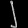
Digit: ၂